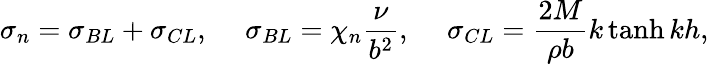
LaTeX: \sigma_{n}=\sigma_{BL}+\sigma_{CL},\ \ \ \ \ \sigma_{BL}=\chi_{n}\frac{\nu}{b^{2}},\ \ \ \ \ \sigma_{CL}=\frac{2M}{\rho b}k\operatorname{tanh}{kh},